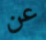
عن